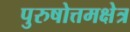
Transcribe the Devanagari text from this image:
पुरुषोत्तमक्षेत्र